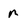
Character: n